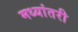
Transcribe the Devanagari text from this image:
मध्यांतरी